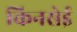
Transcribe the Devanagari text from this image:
किनसेई